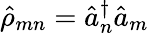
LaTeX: {\hat{\rho}}_{mn}={\hat{a}}_{n}^{\dagger}{\hat{a}}_{m}